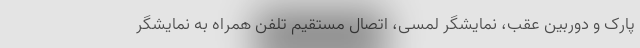
پارک و دوربین عقب، نمایشگر لمسی، اتصال مستقیم تلفن همراه به نمایشگر